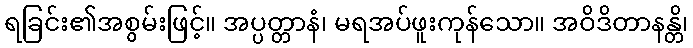
ရခြင်း၏အစွမ်းဖြင့်။ အပ္ပတ္တာနံ၊ မရအပ်ဖူးကုန်သော။ အဝိဒိတာနန္တိ၊